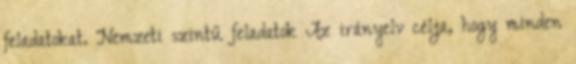
feladatokat. Nemzeti szintű feladatok Az irányelv célja, hogy minden